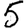
Digit: 5